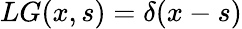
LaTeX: LG(x,s)=\delta(x-s)